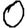
Digit: 0